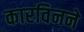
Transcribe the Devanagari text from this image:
कारविनने